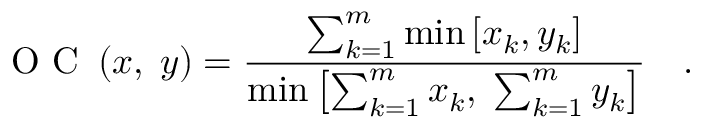
\mathrm { ~ O ~ C ~ } \left( x , \; y \right) = \frac { \sum _ { k = 1 } ^ { m } \operatorname* { m i n } \left[ x _ { k } , y _ { k } \right] } { \operatorname* { m i n } \left[ \sum _ { k = 1 } ^ { m } x _ { k } , \; \sum _ { k = 1 } ^ { m } y _ { k } \right] } \quad .